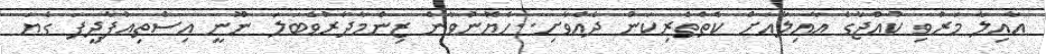
އާއިލާ މަރުވި ކުއްޖާގެ އާއިލާއަށް ކެތްތެރިކަން ދެއްވާށި..ހެޔޮނުވާނެ ޒިންމާދާރުވެބަލަ ނޫނީ އިސްތިއުފާދީފަ ގެޔަ